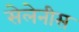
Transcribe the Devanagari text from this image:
सेलेनीस